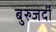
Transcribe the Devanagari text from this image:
बुरुजर्दी